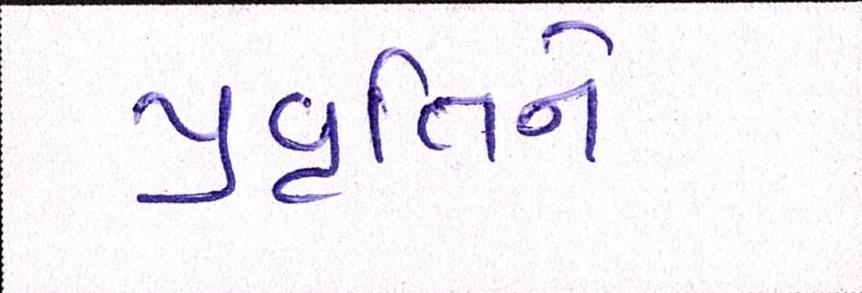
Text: પ્રવૃતિને